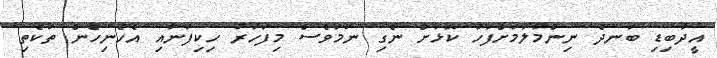
އީދުބިޑި ބަނދެ ނިންމާލުމަށްފަހު ކޮޅަށް ނެގި ނަމަވެސް މިފަހަރު ހިކިފަނާއި އެހެނިހެން ތަކެތި